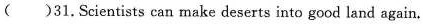
()31.Scientists can make deserts into good land again.